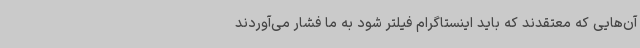
آن‌هایی که معتقدند که باید اینستاگرام فیلتر شود به ما فشار می‌آوردند